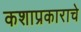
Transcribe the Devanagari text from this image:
कशाप्रकाराचे